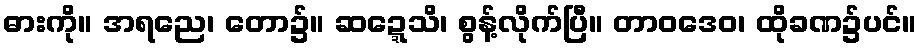
ဓားကို။ အရညေ၊ တော၌။ ဆဍ္ဍေသိ၊ စွန့်လိုက်ပြီ။ တာဝဒေဝ၊ ထိုခဏ၌ပင်။